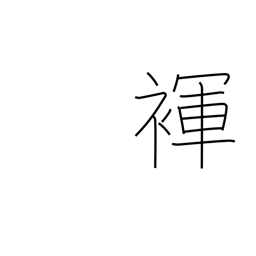
Meaning: loincloth